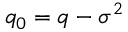
q _ { 0 } = q - \sigma ^ { 2 }